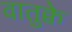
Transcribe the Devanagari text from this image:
वातुक्वे